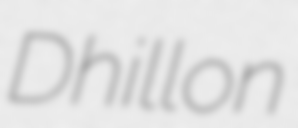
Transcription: Dhillon